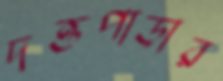
দত্তপাড়ার